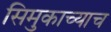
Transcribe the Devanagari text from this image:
सिमुकाच्याच